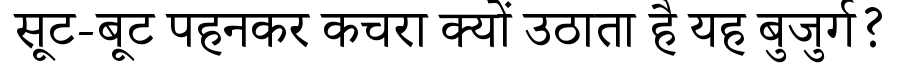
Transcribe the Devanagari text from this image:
सूट-बूट पहनकर कचरा क्यों उठाता है यह बुजुर्ग?